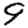
Digit: 9